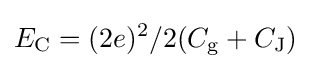
E_{\rm {C}}=(2e)^{2}/2(C_{\rm {g}}+C_{\rm {J}})